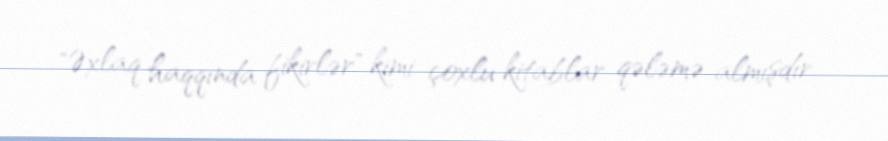
"Əxlaq haqqında fikirlər" kimi çoxlu kitablar qələmə almışdır.